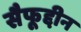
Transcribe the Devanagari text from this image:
सैफूद्दीन